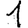
Digit: 1